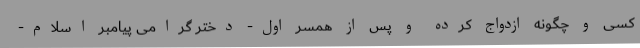
کسی و چگونه ازدواج کرده و پس از همسر اول- دختر گرامی پیامبر اسلام-